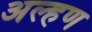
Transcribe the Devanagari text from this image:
अल्हण